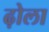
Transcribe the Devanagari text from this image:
ढ़ोला